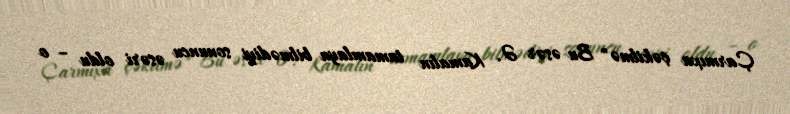
Çarmıxa çəkilmə" Bu əsər Ə. Kamalın tamamlaya bilmədiyi sonuncu əsəri oldu – o